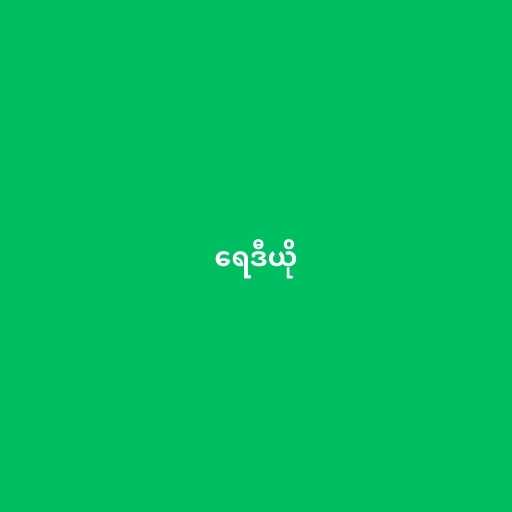
ရေဒီယို